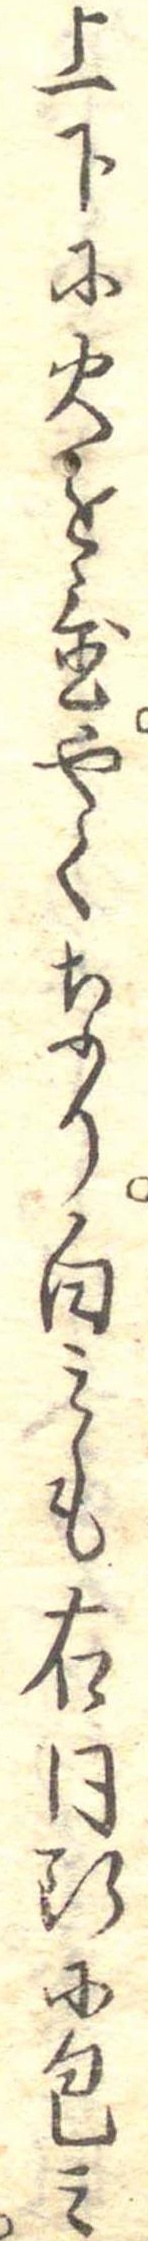
上下に火を置やくなり白みも右同形に包み